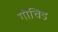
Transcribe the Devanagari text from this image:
गोचिड